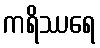
ကရိဿရေ